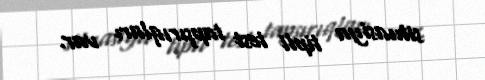
situasiya tipli test tapşırıqları var.